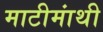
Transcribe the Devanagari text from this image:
माटीमांथी